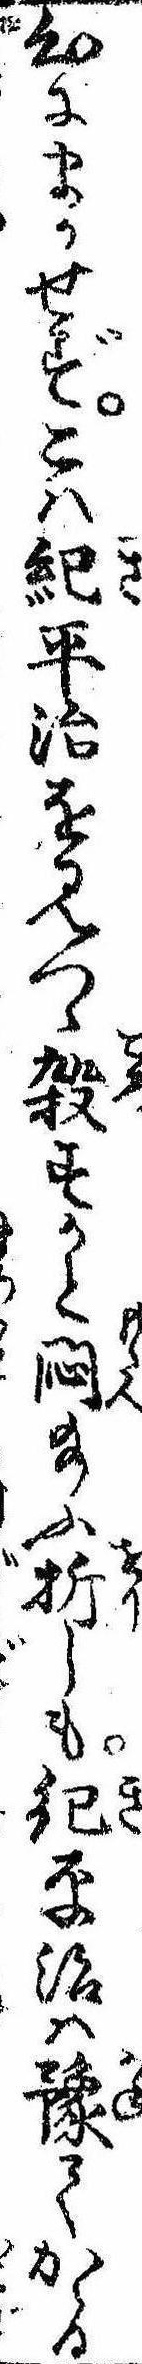
心にまかせずこは紀平治を見つゝ殺すかと悶給ふ折しも紀平治は予てかゝる